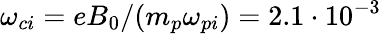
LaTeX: \omega_{ci}=eB_{0}/(m_{p}\omega_{pi})=2.1\cdot 10^{-3}